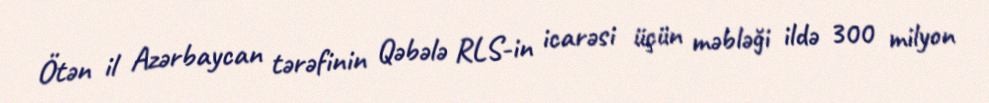
Ötən il Azərbaycan tərəfinin Qəbələ RLS-in icarəsi üçün məbləği ildə 300 milyon